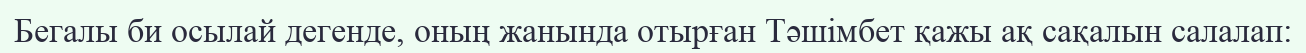
Бегалы би осылай дегенде, оның жанында отырған Тәшімбет қажы ақ сақалын салалап: